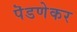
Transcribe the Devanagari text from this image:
पॆडणेकर